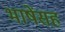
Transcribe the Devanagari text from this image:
भाषेंसह